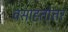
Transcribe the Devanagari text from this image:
वसाह्तोत्तर